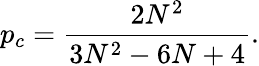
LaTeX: p_{c}=\frac{2N^{2}}{3N^{2}-6N+4}.